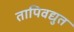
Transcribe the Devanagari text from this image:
तापिवद्युत